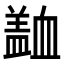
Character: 𧗍